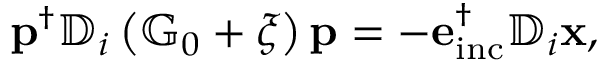
\begin{array} { r } { \mathbf { p } ^ { \dagger } \mathbb { D } _ { i } \left( \mathbb { G } _ { 0 } + \xi \right) \mathbf { p } = - \mathbf { e } _ { \mathrm { i n c } } ^ { \dagger } \mathbb { D } _ { i } \mathbf { x } , } \end{array}